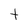
Character: t